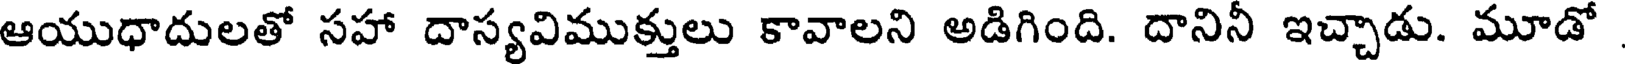
ఆయుధాదులతో సహా దాస్యవిముక్తులు కావాలని అడిగింది. దానినీ ఇచ్చాడు. మూడో